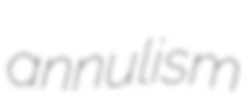
annulism